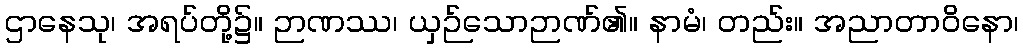
ဌာနေသု၊ အရပ်တို့၌။ ဉာဏဿ၊ ယှဉ်သောဉာဏ်၏။ နာမံ၊ တည်း။ အညာတာဝိနော၊